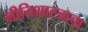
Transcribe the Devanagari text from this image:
नीतिशास्त्राचा